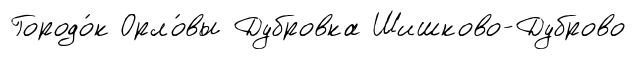
Городо́к Орло́вы Дубровка Шишково-Дуброво